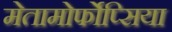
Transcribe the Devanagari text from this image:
मेतामोर्फोप्सिया